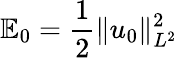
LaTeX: \mathbb{E}_{0}=\frac{1}{2}\| u_{0}\| _{L^{2}}^{2}